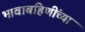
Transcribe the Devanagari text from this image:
भावाबहिणींच्या